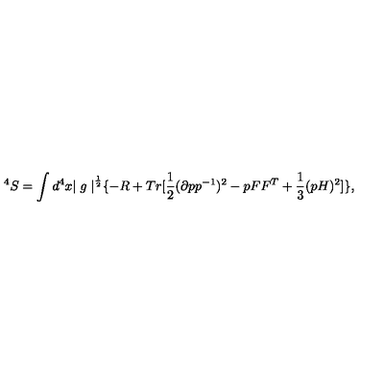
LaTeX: ^ 4 S = \int d ^ { 4 } x { \mid g \mid } ^ { \frac { 1 } { 2 } } \{ - R + T r [ \frac { 1 } { 2 } ( \partial p p ^ { - 1 } ) ^ { 2 } - p F F ^ { T } + \frac { 1 } { 3 } ( p H ) ^ { 2 } ] \} ,